Vital statistics of India. Vol. IV, Annual returns from 1871 to 1876. British Army of India, Native Army and jails of Bengal
Year: 1871
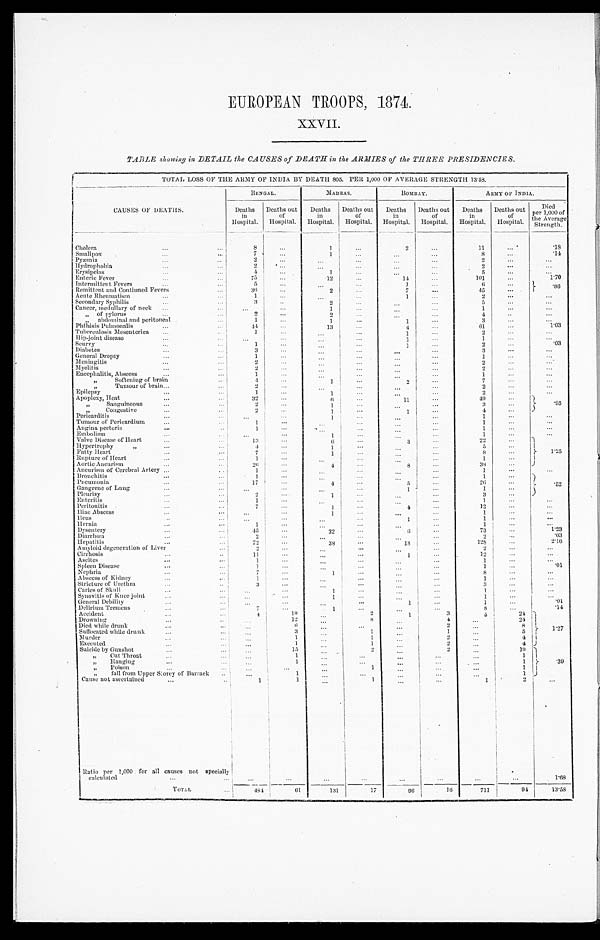
EUROPEAN TROOPS, 1874.
XXVII.
TABLE showing in DETAIL the CAUSES of DEATH in the ARMIES of the THREE PRESIDENCIES.
TOTAL LOSS OF THE ARMY OF INDIA BY DEATH 805. PER 1,000 OF AVERAGE STRENGTH 13.58.
CAUSES OF DEATHS.
BENGAL.
MADRAS.
BOMBAY.
ARMY OF INDIA.
Deaths
in
Hospital.
Deaths out
of
Hospital.
Deaths
in
Hospital.
Deaths out
of
Hospital.
Deaths
in
Hospital.
Deaths out
of
Hospital.
Deaths
in
Hospital.
Deaths out
of
Hospital.
Died
per 1,000 of
the Average
Strength.
Cholera . . .
8
. . .
1
. . .
2
. . .
11
. . .
. 1 8
Smallpox . . .
7
. . .
1
. . .
. . .
. . .
8
. . .
.14
Pyæmia . . .
2
. . .
. . .
. . .
. . .
. . .
2
. . .
. . .
Hydrophobia . . .
2
. . .
. . .
. . .
. . .
. . .
2
. . .
. . .
Erysipelas . . .
4
. . .
1
. . .
. . .
. . .
5
. . .
. . .
Enteric Fever . . .
75
. . .
12
. . .
14
. . .
101
. . .
1.70
Intermittent Fevers . . .
5
. . .
. . .
. . .
1
. . .
6
. . . .86
Remittent and Continued Fevers . . .
36
. . .
2
. . .
7
. . .
45
. . .
Acute Rheumatism . . .
1
. . .
. . .
. . .
1
. . .
2
. . .
. . .
Secondary Syphilis . . .
3
. . .
2
. . .
. . .
. . .
5
. . .
. . .
Cancer, medullary of neck . . .
. . .
. . .
1
. . .
. . .
. . .
1
. . .
. . .
" of pylorus . . .
2
. . .
2
. . .
. . .
. . .
4
. . .
. . .
" abdomi nal and peri t oneal . . .
1
. . .
1
. . .
1
. . .
3
. . .
. . .
Phthisis Pulmonalis . . .
44
. . .
13
. . .
4
. . .
6 1
. . .
1.03
Tuberculosis Mesenterica . . .
1
. . .
. . .
. . .
1
. . .
2
. . .
. . .
Hip-joint disease . . .
. . .
. . .
. . .
. . .
1
. . .
1
. . .
. . .
Scurvy . . .
1
. . .
. . .
. . .
1
. . .
2
. . .
.03
Diabetes . . .
3
. . .
. . .
. . .
. . .
. . .
3
. . .
. . .
General Dropsy . . .
1
. . .
. . .
. . .
. . .
. . .
1
. . .
. . .
Meningitis . . .
2
. . .
. . .
. . .
. . .
. . .
2
. . .
. . .
Myelitis . . .
2
. . .
. . .
. . .
. . .
. . .
2
. . .
. . .
Encephalitis, Abscess . . .
1
. . .
. . .
. . .
. . .
. . .
1
. . .
. . .
" Soft eni ng of brai n . . .
4
. . .
1
. . .
2
. . .
7
. . .
. . .
" Tumour of brain . . .
2
. . .
. . .
. . .
. . . . . .
2
. . .
. . .
Epilepsy . . .
1
. . .
1
. . .
. . .. . .
2
. . .
. . .
Apoplexy, Heat . . .
32
. . .
6
. . .
11
. . .
49
. . . .95
" Sanguineous . . .
2
. . .
1
. . .
. . .
. . .
3
. . .
" Congestive . . .
2
. . .
1
. . .
1
. . .
4
. . .
Pericarditis . . .
. . .
. . .
1 . . .
. . .
. . .
1
. . .
. . .
Tumour of Pericardium . . .
1
. . . . . .
. . .
. . .
. . .
1
. . .
. . .
Angina pectoris . . .
1
. . . . . .
. . .
. . .
. . .
1
. . .
. . .
Embolism . . .
. . .
. . .
1
. . .
. . .
. . .
1
. . .
. . .
Valve Disease of Heart . . .
1 3
. . .
6
. . .
3
. . .
22
. . .
1.25
Hypertrophy " . . .
4
. . .
1
. . .
. . .
. . .
5
. . .
Fatty Heart . . .
7
. . .
1
. . .
. . .
. . .
8
. . .
Rupture of Heart . . .
1
. . .
. . .
. . .
. . .
. . .
1
. . .
Aortic Aneurism . . .
2 6
. . .
4
. . .
8
. . .
38
. . .
Aneurism of Cerebral Artery . . .
1
. . . . . .
. . .
. . .
. . .
1
. . .
. . .
Bronchitis . . .
1
. . .
. . .
. . .
. . .
. . .
1
. . .
.52
Pneumonia . . .
17 . . .
4
. . .
5
. . .
26
. . .
Gangrene of Lung . . .
. . . . . .
. . .
. . .
1
. . .
1
. . .
Pleurisy . . .
2
. . .
1
. . .
. . .
. . .
3
. . .
Enteritis . . .
1
. . . . . .
. . .
. . .
. . .
1
. . .
. . .
Peritonitis . . .
7
. . .
1
. . .
4
. . .
1 2
. . .
. . .
Hiac Abscess . . .
. . .
. . .
1
. . .
. . .
. . .
1
. . .
. . .
Heus . . .
. . .
. . .
. . .
. . .
1
. . .
1
. . .
. . .
Hernia . . .
1
. . .
. . .
. . .
. . .
. . .
1
. . .
. . .
Dysentery . . .
45
. . .
22
. . .
6
. . .
73
. . .
1.23
Diarrhœa . . .
2
. . .
. . .
. . .
. . .
. . .
2
. . .
.03
Hepatitis . . .
72
. . .
38
. . .
18
. . .
128
. . .
2. 16
Amyloid degeneration of Liver . . .
2
. . .
. . .
. . .
. . .
. . .
2
. . .
. . .
Cirrhosis . . .
11
. . .
. . .
. . .
1
. . .
12
. . .
. . .
Ascites . . .
1
. . . . . .
. . .
. . . . . .
1
. . .
. . .
Spleen Disease . . .
1 . . .
. . .
. . .
. . .
. . .
1 . . .
.01
Nephria . . .
7
. . .
1
. . .
. . .
. . .
8
. . .
. . .
Abscess of Kidney . . .
1
. . .
. . .
. . .
. . .
. . .
1
. . .
. . .
Strieture of Urethra . . .
3
. . .
. . .
. . .
. . .
. . .
3
. . .
. . .
Caries of Skull . . .
. . .
. . .
1
. . .
. . .
. . .
1
. . .
. . .
Synovitis of Knee joint . . .
. . .
. . .
1
. . .
. . .
. . .
1
. . .
.01
General Debility . . .
. . . . . .
. . .
. . .
1
. . .
1 . . .
.14
Delirium Tremens . . .
7 . . .
1
. . .
. . .
. . .
8 . . .
1.27
Accident . . .
4
19
. . .
2
1
3
5
24
Drowning . . .
. . .
12
. . .
8
. . .
4
. . .
24
Died while drunk . . .
. . .
6
. . .
. . .
. . .
2
. . .
8
Suffocated while drunk . . .
. . .
3
. . .
1
. . .
1
. . .
5
Murder . . .
. . .
1 . . .
1
. . .
2
. . .
4
Executed . . .
. . .
1 . . .
1
. . .
2
. . .
4
Suicide by Gunshot . . .
. . .
15
. . .
2
. . .
2
. . .
19
.39
" C u t T h r o a t . . .
. . .
1 . . .
. . .
. . .
. . .
. . .
1
" H a n g i n g . . .
. . .
1
. . .
. . .
. . .
. . . . . .
1
" P o i s o n . . .
. . .
. . .
. . .
1
. . .
. . .
. . .
1
" fall from Upper Storey of Barrack . . .
. . .
1 . . .
. . .
. . .
. . .
. . .
1
Cause not aseertained . . .
1
1
. . .
1
. . .
. . .
1
2
. . .
Ratio per 1,000 for all causes not specially
calculated . . .
. . .
. . .
. . .
. . .
. . .
. . .
. . .
. . .
1.68
T O T A L . . .
4 8 461
1 3 1
17
96
1 6
711
94
13.58